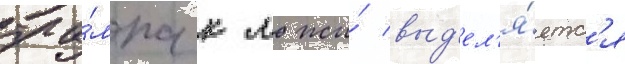
тра́мпа к лжи́ выд'ел'я́етс'я